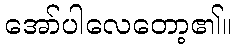
အော်ပါလေတော့၏။